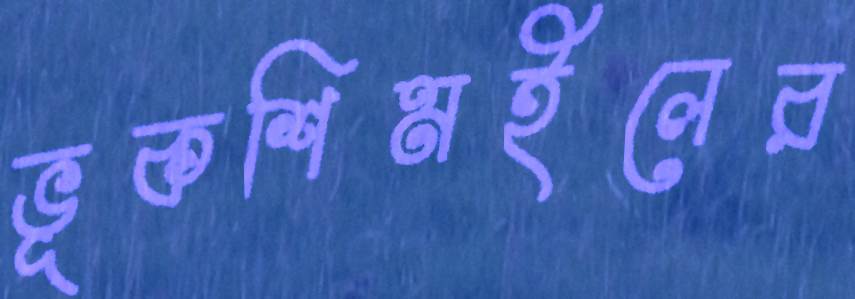
ভূকশিমইলের